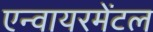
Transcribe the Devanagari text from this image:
एन्वायरमेंटल